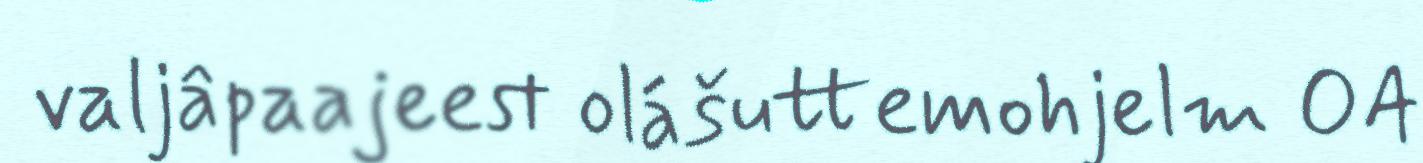
valjâpaajeest olášuttemohjelm OA